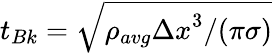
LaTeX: t_{Bk}=\sqrt{{\rho_{avg}{\Delta x}^{3}}/{(\pi\sigma})}